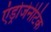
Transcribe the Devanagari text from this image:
एंड्रोजेनेटिक